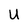
Character: U